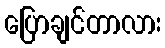
ပြောချင်တာလား